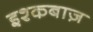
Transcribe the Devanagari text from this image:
इश्कबाज़